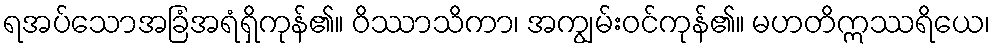
ရအပ်သောအခြံအရံရှိကုန်၏။ ဝိဿာသိကာ၊ အကျွမ်းဝင်ကုန်၏။ မဟတိဣဿရိယေ၊